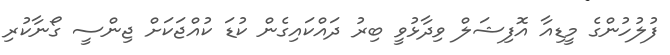
ފުލުހުންގެ މީޑިއާ އޮފިޝަލް ވިދާޅުވީ ބިރު ދައްކައިގެން ކުޑަ ކުއްޖަކަށް ޖިންސީ ގޯނާކުރި